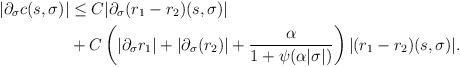
LaTeX: \begin{align*}|\partial_\sigma c(s,\sigma)|&\leq C|\partial_\sigma(r_1-r_2)(s,\sigma)|\\&+C\left(|\partial_\sigma r_1|+|\partial_\sigma(r_2)|+\frac{\alpha}{1+\psi(\alpha |\sigma|)}\right)|(r_1-r_2)(s,\sigma)|.\end{align*}